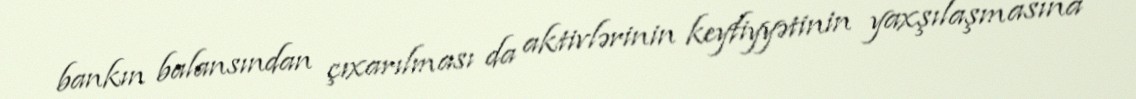
bankın balansından çıxarılması da aktivlərinin keyfiyyətinin yaxşılaşmasına